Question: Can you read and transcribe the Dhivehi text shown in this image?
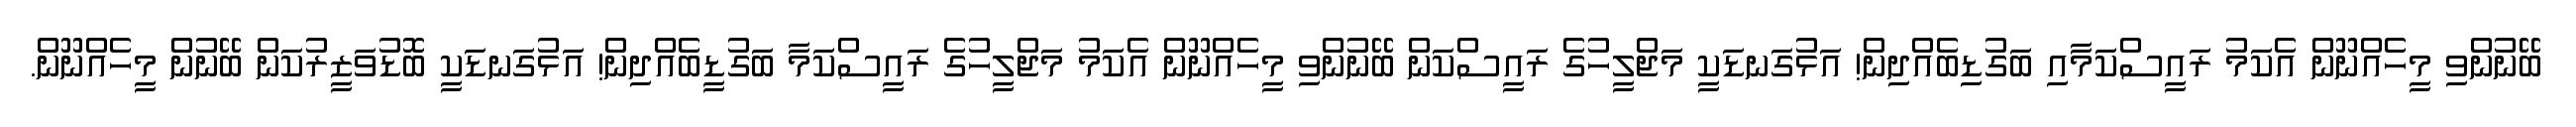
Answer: ބޭނުންވި މީހެއްނޫން އެކަމު ރައީސްކަމާއި ބަގުޑިބެއްދިން! އަޅުގަނޑަކީ މަޖްލީހުގެ ރައީސްކަން ބޭނުންވި މީހެއްނޫން އެކަމު މަޖްލީހުގެ ރައީސްކަމާ ބަގުޑީބެއްދިން! އަޅުގަނޑަކީ ބޮޑުވަޒީރުކަން ބޭނުން މީހެއްނޫން.